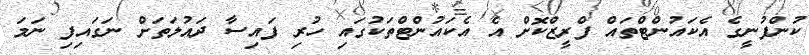
ކުންފުނީގެ އެކައުންޓްތައް ފްރީޒްކޮށް އެ އެކައުންޓްތަކުގައި ހުރި ފައިސާ ދައުލަތަށް ނަގައިފި ނަމަ